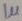
Text: 1µ